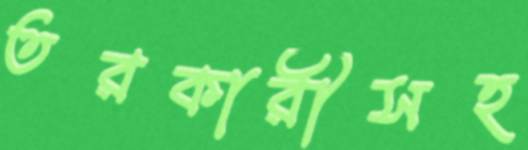
তরকারীসহ